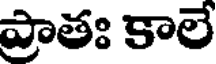
ప్రాతః కాలే